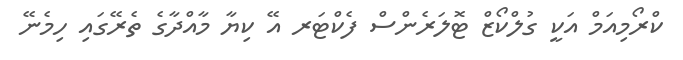
ކްރޯމިއަމް އަކީ ގުލްކޯޒް ޓޮލަރެންސް ފެކްޓަރ އޭ ކިޔާ މާއްދާގެ ތެރޭގައި ހިމެނޭ